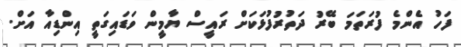
ފަހު އެންމެ ފުރަތަމަ ބޭރު ދަތުރުފުޅަކަށް ރައީސް ޔާމީން ވަޑައިގަތީ އިންޑިއާ އަށް.